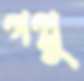
গপ্পু